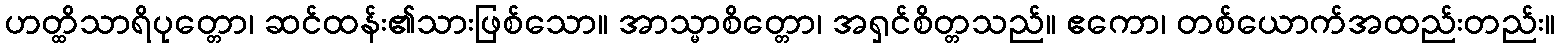
ဟတ္ထိသာရိပုတ္တော၊ ဆင်ထန်း၏သားဖြစ်သော။ အာသ္မာစိတ္တော၊ အရှင်စိတ္တသည်။ ဧကော၊ တစ်ယောက်အထည်းတည်း။